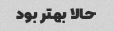
حالا بهتر بود